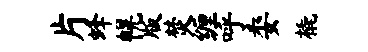
片蜂幌版焚缠呼委橇